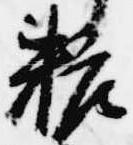
粧